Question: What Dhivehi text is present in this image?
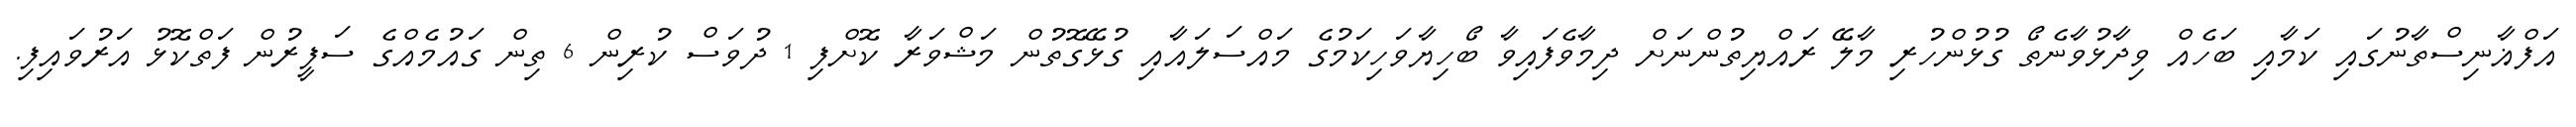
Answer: އަފްޣާނިސްތާނުގައި ކަމާއި ބަހެއް ވިދާޅުވާނެތޯ ގުޅުންހުރި މާލޭ ރައްޔިތުންނަށް ދިމާވެފައިވާ ބޯހިޔާވަހިކަމުގެ މައްސަލައާއި ގުޅޭގޮތުން މަޝްވަރާ ކޮށްފި 1 ދުވަސް ކުރިން 6 ތިން ގައުމެއްގެ ސަފީރުން ފަތްކޮޅު އަރުވައިފި.